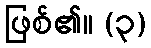
ဖြစ်၏။ (၃)